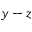
y - z